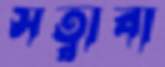
সত্বাবা